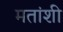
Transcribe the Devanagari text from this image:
मतांशी